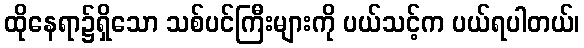
ထိုနေရာ၌ရှိသော သစ်ပင်ကြီးများကို ပယ်သင့်က ပယ်ရပါတယ်၊